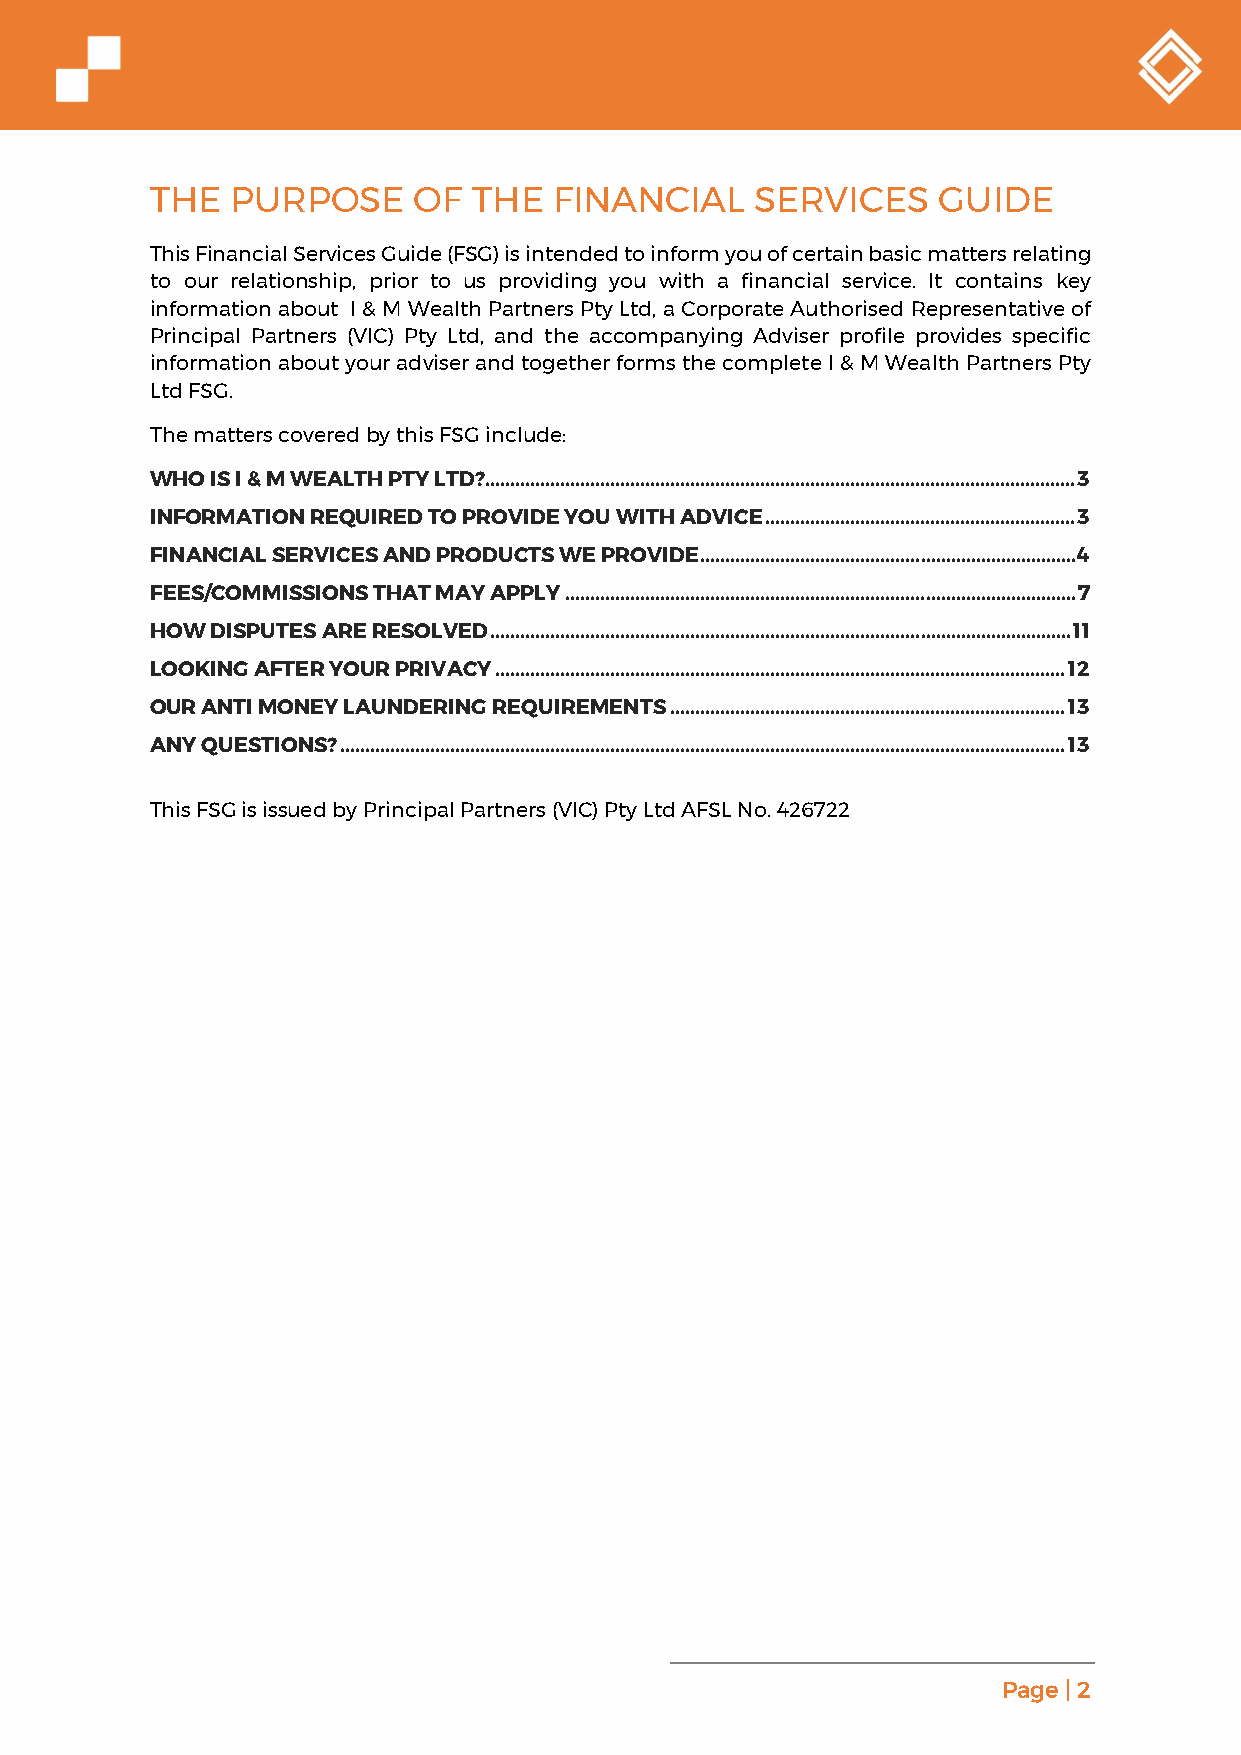
THE  PURPOSE     OF  THE   FINANCIAL    SERVICES    GUIDE
 This Financial Services Guide (FSG) is intended to inform you of certain basic matters relating
 to our relationship, prior to us providing you with a financial service. It contains key
 information about I & M Wealth Partners Pty Ltd, a Corporate Authorised Representative of
 Principal Partners (VIC) Pty Ltd, and the accompanying Adviser profile provides specific
 information about your adviser and together forms the complete I & M Wealth Partners Pty
 Ltd FSG.
 The matters covered by this FSG include:
 WHO IS I & M WEALTH PTY LTD?...................................................................................................................... 3
 INFORMATION REQUIRED TO PROVIDE YOU WITH ADVICE .............................................................. 3
 FINANCIAL SERVICES AND PRODUCTS WE PROVIDE ........................................................................... 4
 FEES/COMMISSIONS THAT MAY APPLY ...................................................................................................... 7
 HOW DISPUTES ARE RESOLVED .................................................................................................................... 11
 LOOKING AFTER YOUR PRIVACY .................................................................................................................. 12
 OUR ANTI MONEY LAUNDERING REQUIREMENTS ............................................................................... 13
 ANY QUESTIONS? ................................................................................................................................................. 13
 This FSG is issued by Principal Partners (VIC) Pty Ltd AFSL No. 426722
 Page | 2